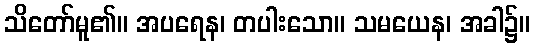
သိတော်မူ၏။ အပရေန၊ တပါးသော။ သမယေန၊ အခါ၌။